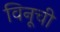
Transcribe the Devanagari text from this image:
विनूची